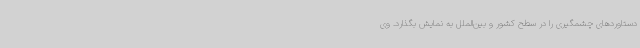
دستاوردهای چشمگیری را در سطح کشور و بین‌الملل به نمایش بگذارد. وی